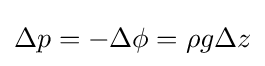
\Delta p=-\Delta \phi =\rho g\Delta z